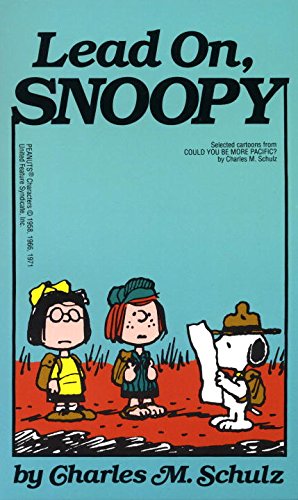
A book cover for Lead On, Snoopy; Charles M. Schulz; Humor & Entertainment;